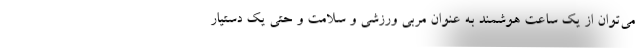
می‌توان از یک ساعت هوشمند به عنوان مربی ورزشی و سلامت و حتی یک دستیار